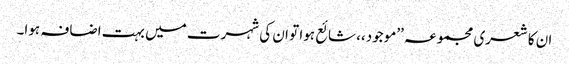
ان کا شعری مجموعہ ’’موجود،، شائع ہوا تو ان کی شہرت میں بہت اضافہ ہوا۔